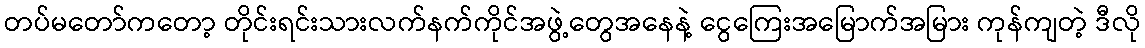
တပ်မတော်ကတော့ တိုင်းရင်းသားလက်နက်ကိုင်အဖွဲ့တွေအနေနဲ့ ငွေကြေးအမြောက်အမြား ကုန်ကျတဲ့ ဒီလို